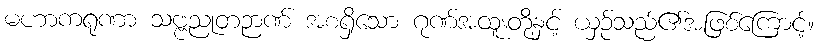
မဟာကရုဏာ သဗ္ဗညုတဉာဏ် အစရှိသော ဂုဏ်အထူးတို့နှင့် ယှဉ်သည်၏အဖြစ်ကြောင့်။